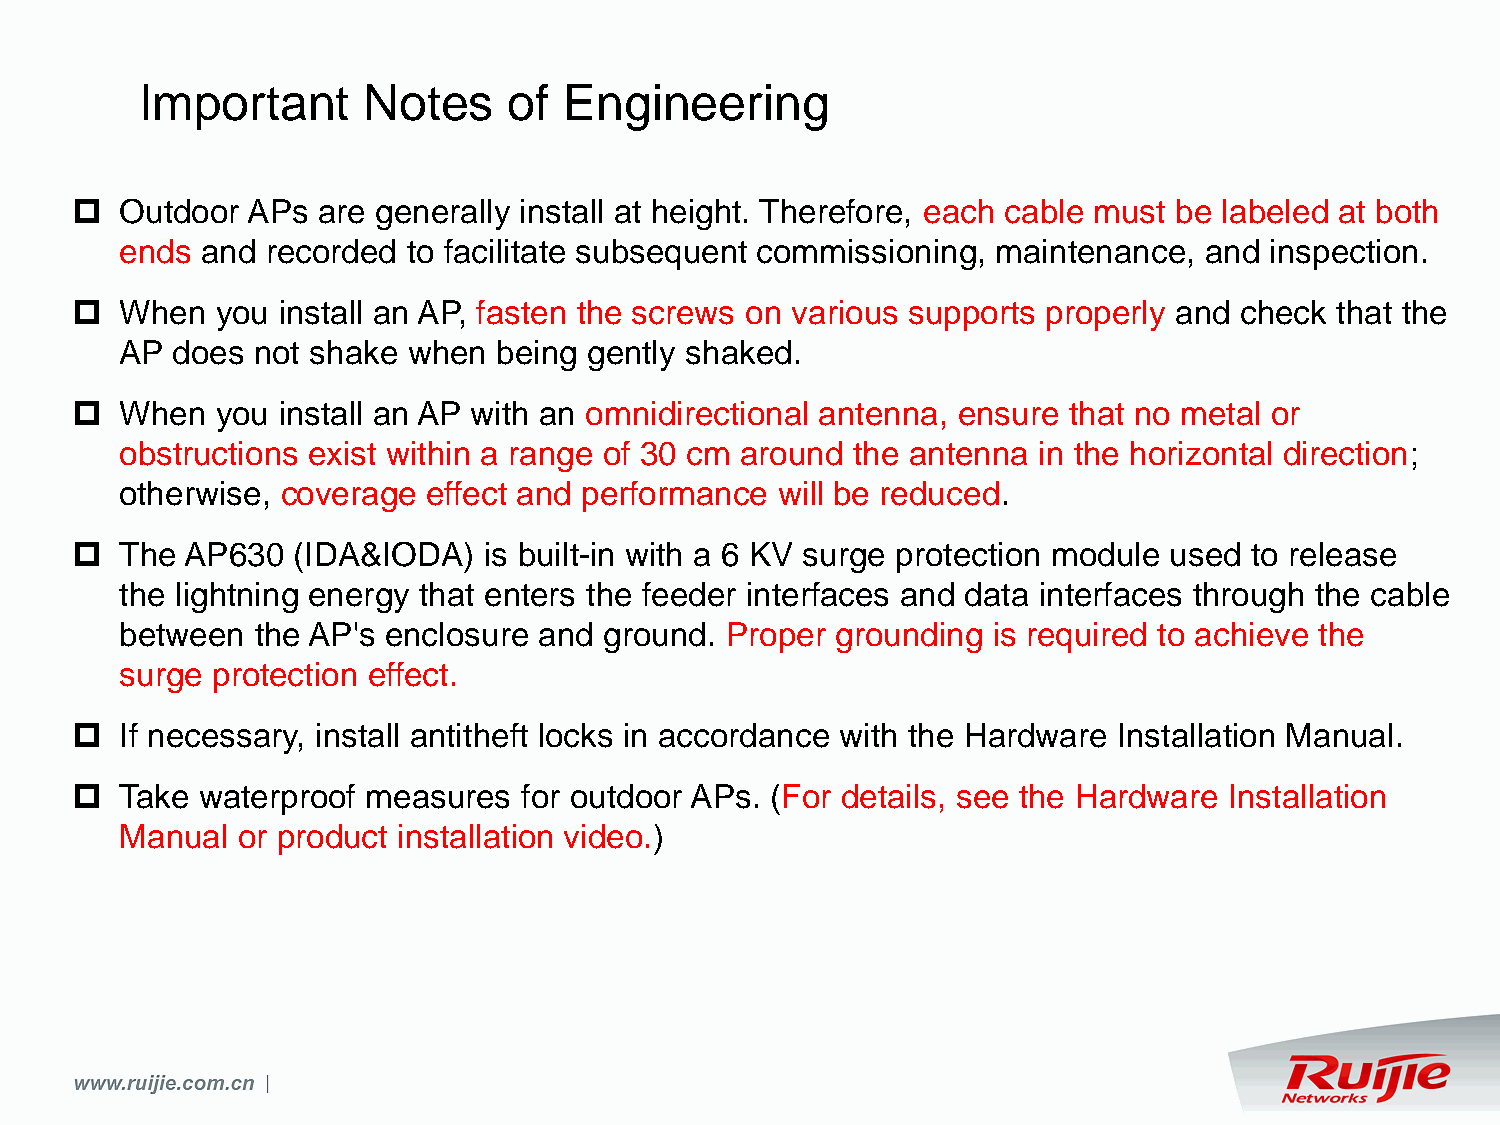
Important      Notes     of Engineering
   Outdoor APs  are generally install at height. Therefore, each cable must be labeled at both
 ends and  recorded to facilitate subsequent commissioning, maintenance, and inspection.
   When  you install an AP, fasten the screws on various supports properly and check that the
 AP does  not shake when  being gently shaked.
   When  you install an AP with an omnidirectional antenna, ensure that no metal or
 obstructions exist within a range of 30 cm around the antenna in the horizontal direction;
 otherwise, coverage effect and performance  will be reduced.
   The AP630  (IDA&IODA)   is built-in with a 6 KV surge protection module used to release
 the lightning energy that enters the feeder interfaces and data interfaces through the cable
 between  the AP's enclosure and ground. Proper grounding  is required to achieve the
 surge protection effect.
   If necessary, install antitheft locks in accordance with the Hardware Installation Manual.
   Take waterproof measures   for outdoor APs. (For details, see the Hardware Installation
 Manual  or product installation video.)